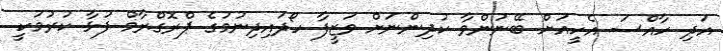
އަދި ހާއްސަ އެހީއަށް ބޭނުންވާ ކުދިންނަށް ވަޒީފާ ހޯދައިދިނުމުގެ ޕްރޮގްރާމް ފުޅާ ކުރުމަކީ